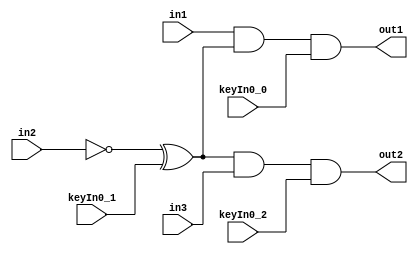
// [KeyGate]: KeyGate1, w1, out1, keyIn0_0, out1
// [KeyGate]: KeyGate2, w3, w2, keyIn0_1, w3
// [KeyGate]: KeyGate3, w4, out2, keyIn0_2, out2
module branching_propagation(in1, in2, in3, out1, out2, keyIn0_0, keyIn0_1, keyIn0_2);

input in1, in2, in3, keyIn0_0, keyIn0_1, keyIn0_2;
output out1, out2;
wire w1, w2, w3, w4;

not NOT1 (w3, in2);
and AND1 (w1, in1, w2);
and AND2 (w4, w2, in3);

and KeyGate1 (out1, w1, keyIn0_0);
xor KeyGate2 (w2, w3, keyIn0_1);
and KeyGate3 (out2, w4, keyIn0_2);

endmodule